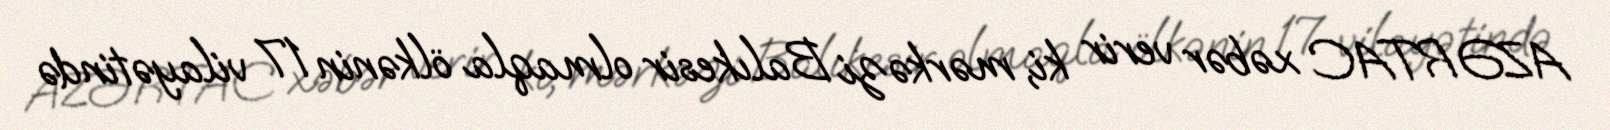
AZƏRTAC xəbər verir ki, mərkəzi Balıkesir olmaqla ölkənin 17 vilayətində